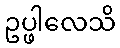
ဥပ္ဖါလေသိ